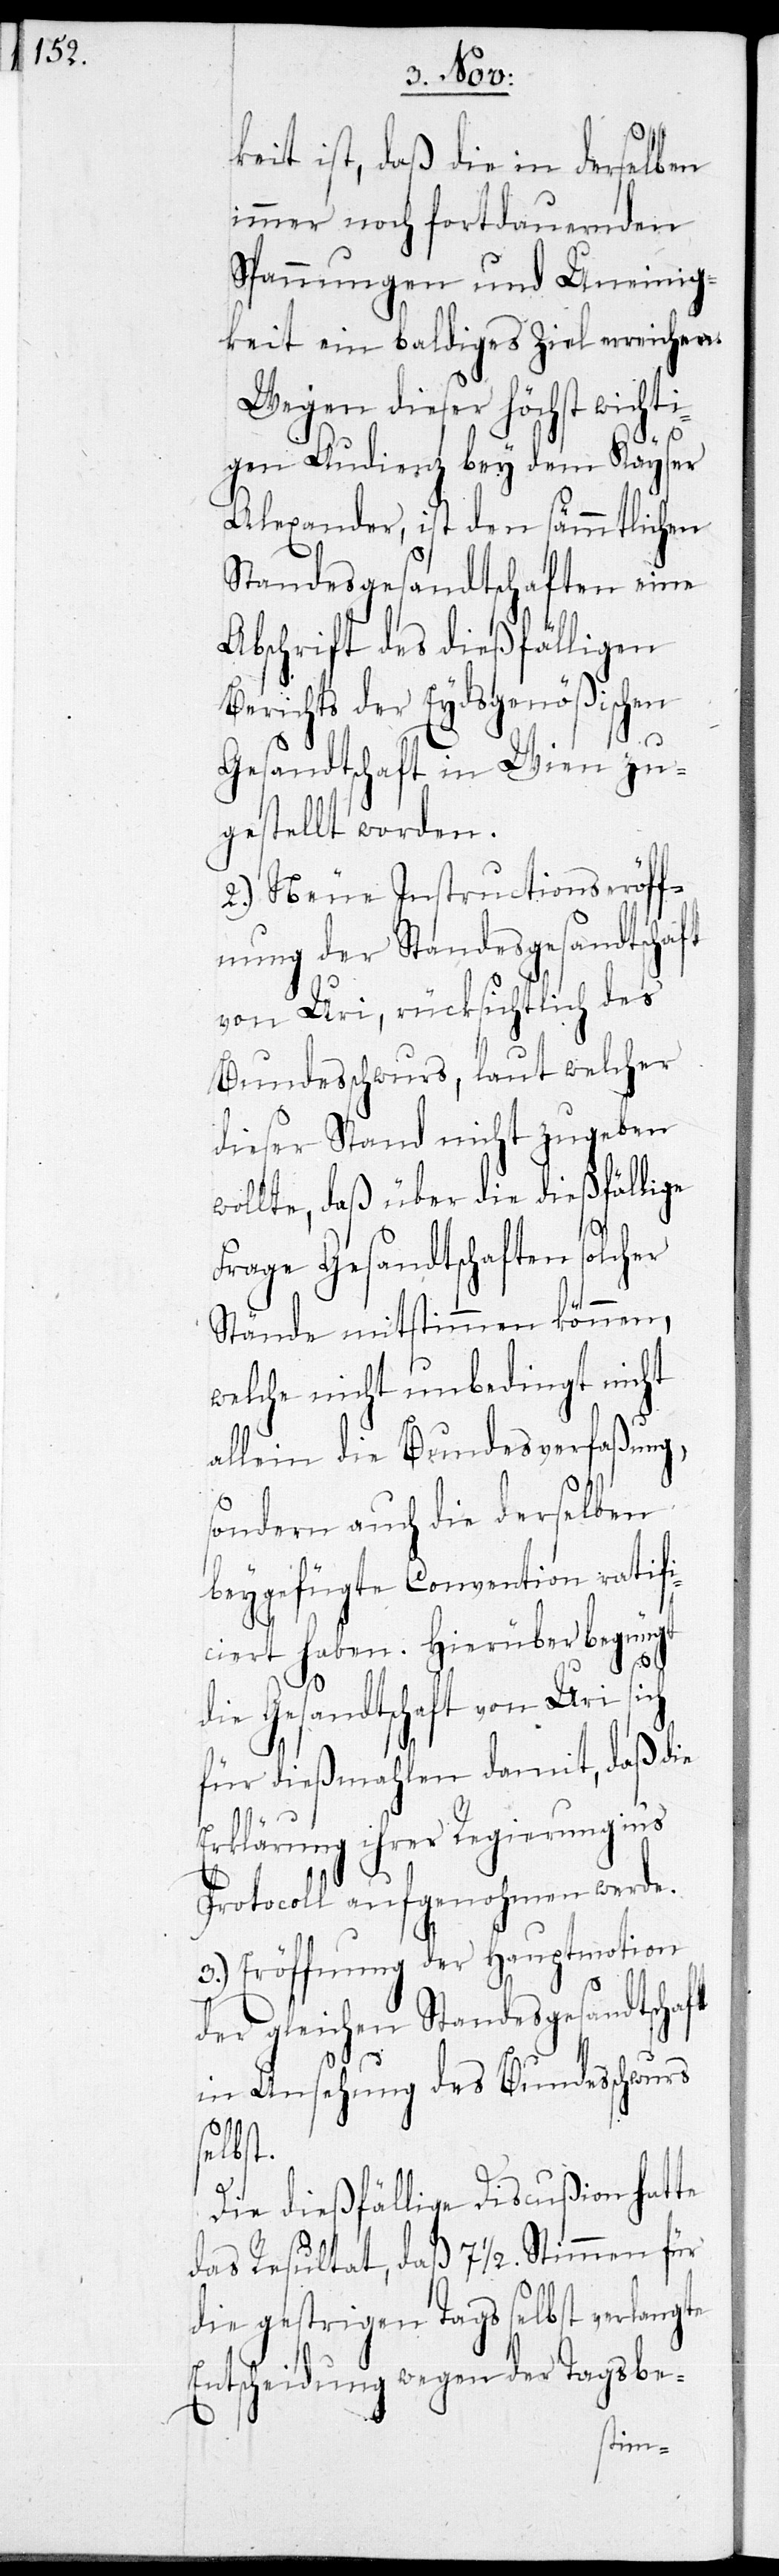
keit ist, daß die in derselben
immer noch fortdauernden
Spannungen und Uneinig¬
keit ein baldiges Ziel erreichen.
Wegen dieser höchst wichti¬
gen Audienz bey dem Kayser
Alexander, ist den sämmtlichen
Standesgesandtschaften eine
Abschrift des dießfälligen
Berichts der Eydsgenößischen
Gesandtschaft in Wien zu¬
gestellt worden.
2.) Neue Instructionseröff¬
nung der Standesgesandtschaft
von Uri, rücksichtlich des
Bundesschwurs, laut welcher
dieser Stand nicht zugeben
wollte, daß über die dießfällige
Frage Gesandtschaften solcher
Stände mitstimmen können,
welche nicht unbedingt nicht
allein die Bundesverfaßung,
sondern auch die derselben
beygefügte Convention ratifi¬
ciert haben. Hierüber begnügt
die Gesandtschaft von Uri
für dießmahlen damit, daß die
Erklärung ihrer Regierung in’s
Protocoll aufgenohmen werde.
3) Eröffnung der Hauptmotion
der gleichen Standesgesandtschaft
in Ansehung des Bundesschwurs
selbst.
Die dießfällige Discußion hatte
das Resultat, daß 7 1/2. Stimmen für
die gestrigen Tags selbst verlangte
Entscheidung wegen der Tagsbe-